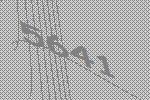
5641